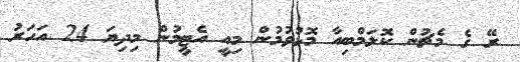
ރޭ ގެ މެޗުން ކޮލަމްބިއާ މޮޅުވުމުން މިއީ އެޓީމުން މިދިޔަ 24 އަހަރު